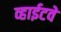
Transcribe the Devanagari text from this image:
व्हाईटवे